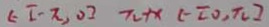
\epsilon [ - \pi , 0 ] \pi + x ( - [ 0 , \pi ]